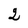
Character: 2